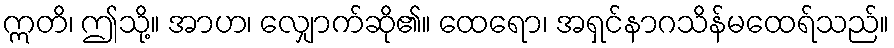
ဣတိ၊ ဤသို့။ အာဟ၊ လျှောက်ဆို၏။ ထေရော၊ အရှင်နာဂသိန်မထေရ်သည်။